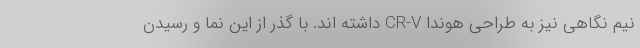
نیم نگاهی نیز به طراحی هوندا CR-V داشته اند. با گذر از این نما و رسیدن